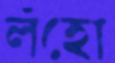
লঁহো